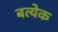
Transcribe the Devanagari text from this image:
बत्येक